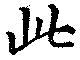
此